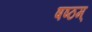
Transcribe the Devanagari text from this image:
षष्ठम्‌